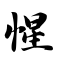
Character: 惺